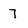
Character: 7